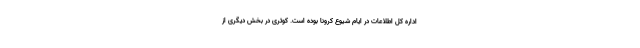
اداره کل اطلاعات در ایام شیوع کرونا بوده است. کوثری در بخش دیگری از